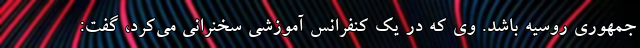
جمهوری روسیه باشد. وی که در یک کنفرانس آموزشی سخنرانی می‌کرد، گفت: